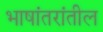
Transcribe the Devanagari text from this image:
भाषांतरांतील